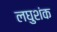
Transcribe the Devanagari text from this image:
लघुशंक